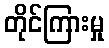
တိုင်ကြားမှု